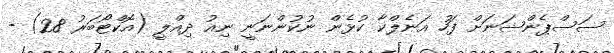
ސަސްޕެންޝަނަށް ފަހު އަނެލްކާ ކުޅެން ނުކުންނަނީ ނިއު ދިއްލީ (އޮކްޓޯބަރު 28) -